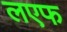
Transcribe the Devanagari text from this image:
लएफ